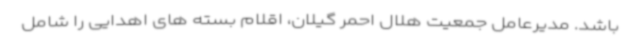
باشد. مدیرعامل جمعیت هلال احمر گیلان، اقلام بسته های اهدایی را شامل